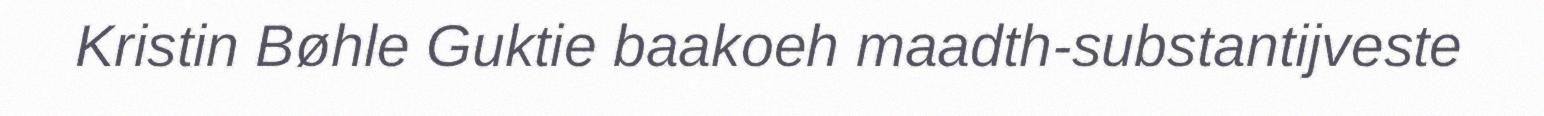
Kristin Bøhle Guktie baakoeh maadth-substantijveste